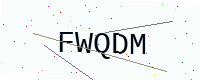
Text: FWQDM